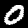
Digit: 0